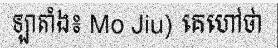
ឡាតាំង៖ Mo Jiu) គេហៅថា